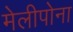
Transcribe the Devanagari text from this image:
मेलीपोना